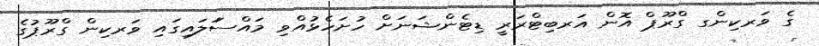
ގެ ވަރކިންގ ގްރޫޕް އޮން އަރބިޓްރަރީ ޑިޓެންޝަނަށް ހުށަހެޅުއްވި މައްސަަލައިގައި ވަރކިން ގްރޫޕުގެ